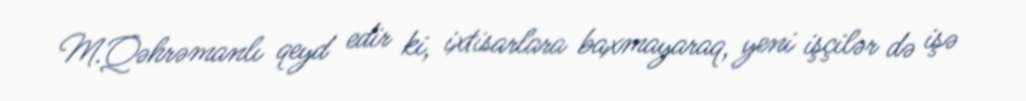
M.Qəhrəmanlı qeyd edir ki, ixtisarlara baxmayaraq, yeni işçilər də işə